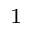
^ 1